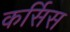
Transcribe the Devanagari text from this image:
कर्सिस